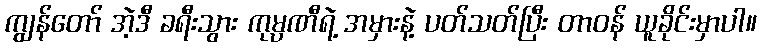
ကျွန်တော် အဲ့ဒီ ခရီးသွား ကုမ္ပဏီရဲ့ အမှားနဲ့ ပတ်သတ်ပြီး တာဝန် ယူခိုင်းမှာပါ။